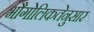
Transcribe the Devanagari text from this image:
भौगोलिकतेनुसार